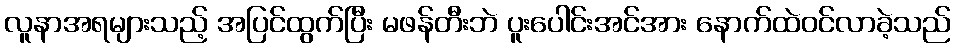
လူနာအရများသည့် အပြင်ထွက်ပြီး မဖန်တီးဘဲ ပူးပေါင်းအင်အား နောက်ထဲဝင်လာခဲ့သည်